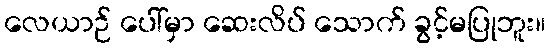
လေယာဉ် ပေါ်မှာ ဆေးလိပ် သောက် ခွင့်မပြုဘူး။